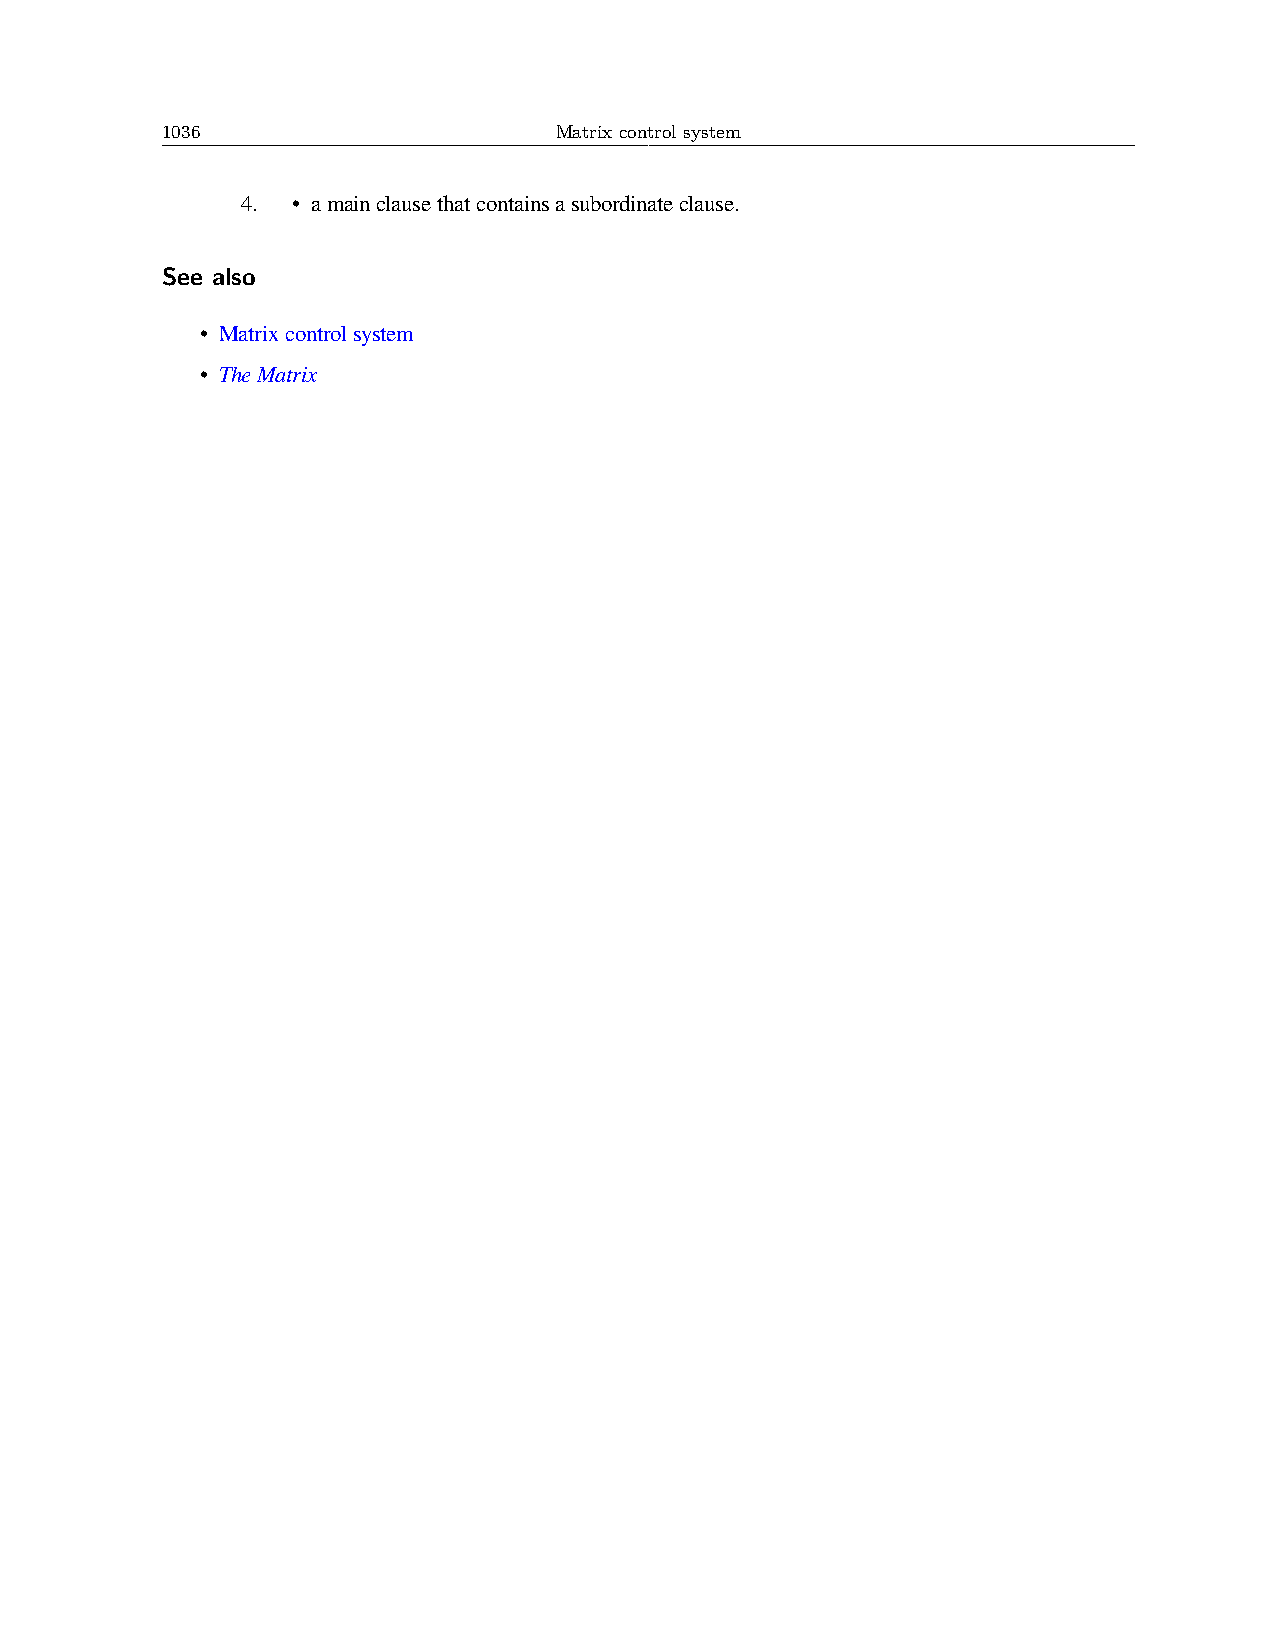
1036                      Matrix control system
 4. • amainclausethatcontainsasubordinateclause.
 See also
 • Matrixcontrolsystem
 • TheMatrix